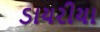
ડાયરીયા